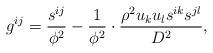
LaTeX: \begin{align*}g^{ij} = \dfrac{s^{ij}}{\phi^2}-\dfrac{1}{\phi^2}\cdot\dfrac{\rho^2 u_ku_ls^{ik}s^{jl}}{D^2},\end{align*}